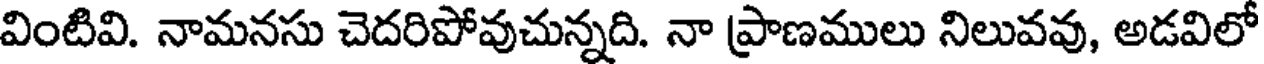
వింటివి. నామనసు చెదరిపోవుచున్నది. నా ప్రాణములు నిలువవు, అడవిలో